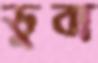
ডুবা